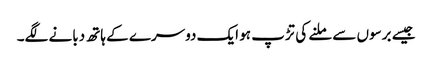
جیسے برسوں سے ملنے کی تڑپ ہو ایک دوسرے کے ہاتھ دبانے لگے۔